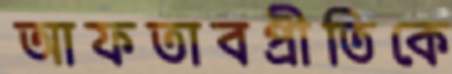
আফতাবপ্রীতিকে